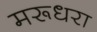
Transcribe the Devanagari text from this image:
मरूधरा